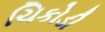
ચિકોડી